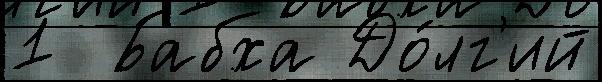
1  Бабха До́лг'ий